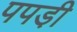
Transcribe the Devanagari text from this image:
पपडी़